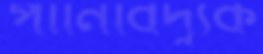
পানিবিদ্যুক